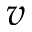
v